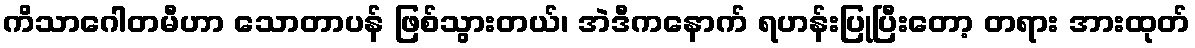
ကိသာဂေါတမီဟာ သောတာပန် ဖြစ်သွားတယ်၊ အဲဒီကနောက် ရဟန်းပြုပြီးတော့ တရား အားထုတ်